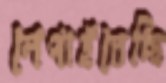
লেপাইতেছি